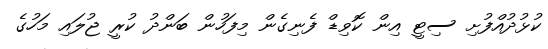
ކުޅުދުއްފުށި ސިޓީ އިން ކޮވިޑް ފެނިގެން މިފަހުން ބަންދު ކުރީ ޖުލައި މަހުގެ